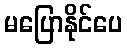
မပြောနိုင်ပေ